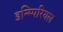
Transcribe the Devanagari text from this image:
इन्म्पिरियल